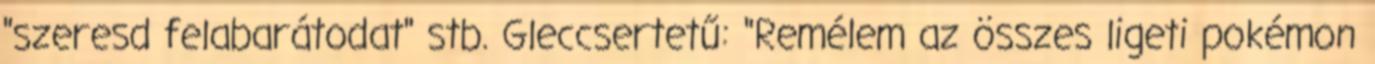
"szeresd felabarátodat" stb. Gleccsertetű: "Remélem az összes ligeti pokémon